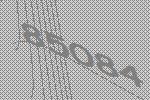
85084